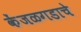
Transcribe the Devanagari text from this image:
केंजळगडाचे